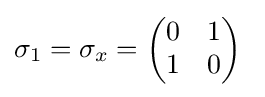
\sigma _{1}=\sigma _{x}={\begin{pmatrix}0&1\\1&0\end{pmatrix}}~